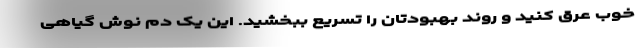
خوب عرق کنید و روند بهبودتان را تسریع ببخشید. این یک دم نوش گیاهی